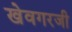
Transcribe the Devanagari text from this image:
खेवगरजी